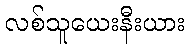
လစ်သူယေးနီးယား